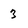
Character: 3